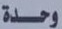
وحدة